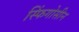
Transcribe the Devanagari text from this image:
स्फिंगोसीन